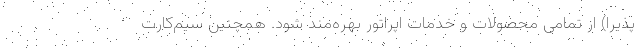
پذیرا) از تمامی‌ محصولات و خدمات اپراتور بهره‌مند شود. همچنین سیم‌کارت